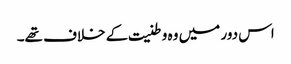
اس دور میں وہ وطنیت کے خلاف تھے۔